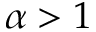
\alpha > 1